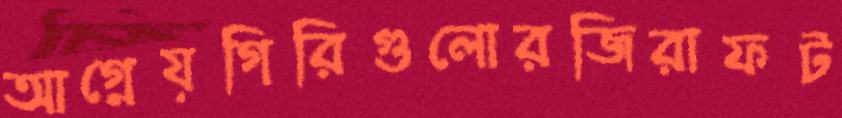
আগ্নেয়গিরিগুলোরজিরাফট